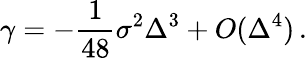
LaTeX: \gamma=-\frac{1}{48}\sigma^{2}\Delta^{3}+O(\Delta^{4})\, .